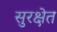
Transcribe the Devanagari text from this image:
सुरक्षेत